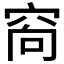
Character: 𥥩